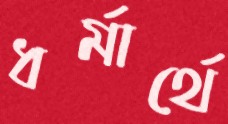
ধর্মার্থে